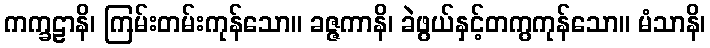
ကက္ခဠာနိ၊ ကြမ်းတမ်းကုန်သော။ ခဇ္ဇကာနိ၊ ခဲဖွယ်နှင့်တကွကုန်သော။ မံသာနိ၊